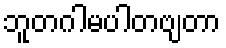
ဘူတဂါမပါတဗျတာ